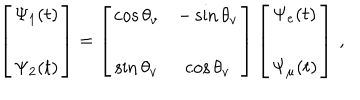
\left[ \begin{array} { c c } { { \Psi _ { 1 } ( t ) } } \\ { { \Psi _ { 2 } ( t ) } } \\ \end{array} \right] = \left[ \begin{array} { c c } { { \cos { \theta _ { v } } } } & { { - \sin { \theta _ { v } } } } \\ { { \sin { \theta _ { v } } } } & { { \cos { \theta _ { v } } } } \\ \end{array} \right] \left[ \begin{array} { c c } { { \Psi _ { e } ( t ) } } \\ { { \Psi _ { \mu } ( t ) } } \\ \end{array} \right] \, ,